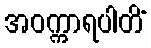
အဝက္ကာရပါတိံ